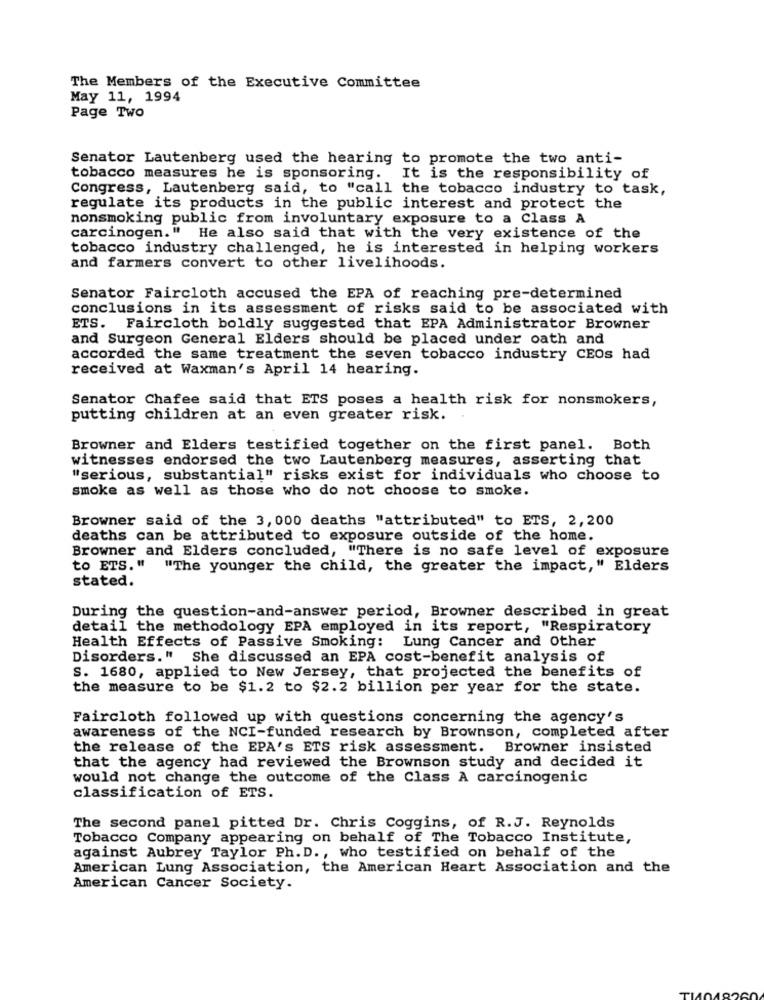
The Members of the Executive Committee
May 11, 1994
Page Two
Senator Lautenberg used the hearing to promote the two anti-
tobacco measures he is sponsoring.
It is the responsibility of
Congress, Lautenberg said, to "call the tobacco industry to task,
regulate its products in the public interest and protect the
nonsmoking public from involuntary exposure to a Class A
carcinogen." He also said that with the very existence of the
tobacco industry challenged, he is interested in helping workers
and farmers convert to other livelihoods.
Senator Faircloth accused the EPA of reaching pre-determined
conclusions in its assessment of risks said to be associated with
ETS. Faircloth boldly suggested that EPA Administrator Browner
and Surgeon General Elders should be placed under oath and
accorded the same treatment the seven tobacco industry CEOs had
received at Waxman's April 14 hearing.
Senator Chafee said that ETS poses a health risk for nonsmokers,
putting children at an even greater risk.
Browner and Elders testified together on the first panel. Both
witnesses endorsed the two Lautenberg measures, asserting that
"serious, substantial" risks exist for individuals who choose to
smoke as well as those who do not choose to smoke.
Browner said of the 3, 000 deaths "attributed" to ETS, 2,200
deaths can be attributed to exposure outside of the home.
Browner and Elders concluded, "There is no safe level of exposure
to ETS." "The younger the child, the greater the impact," Elders
stated.
During the question-and-answer period, Browner described in great
detail the methodology EPA employed in its report, "Respiratory
Health Effects of Passive Smoking: Lung Cancer and Other
Disorders." She discussed an EPA cost-benefit analysis of
S. 1680, applied to New Jersey, that projected the benefits of
the measure to be $1.2 to $2.2 billion per year for the state.
Faircloth followed up with questions concerning the agency's
awareness of the NCI-funded research by Brownson, completed after
the release of the EPA's ETS risk assessment. Browner insisted
that the agency had reviewed the Brownson study and decided it
would not change the outcome of the Class A carcinogenic
classification of ETS.
The second panel pitted Dr. Chris Coggins, of R.J. Reynolds
Tobacco Company appearing on behalf of The Tobacco Institute,
against Aubrey Taylor Ph. D ., who testified on behalf of the
American Lung Association, the American Heart Association and the
American Cancer Society.